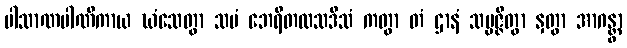
ပါသာဏပါဏိကာယ ဃံသေတွာ သမံ ဘေရီတလသဒိသံ ကတွာ တံ ဌာနံ သမ္မဇ္ဇိတွာ နှတွာ အာဂန္တွာ